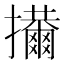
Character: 𢹜